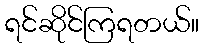
ရင်ဆိုင်ကြရတယ်။